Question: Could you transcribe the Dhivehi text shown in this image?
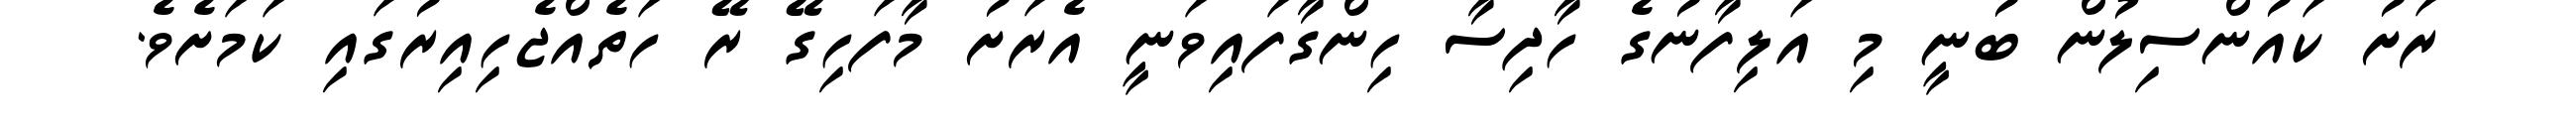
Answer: ރަށު ކައުންސިލުން ބުނީ މި އަލިފާނުގެ ހާދިސާ ހިންގާފައިވަނީ އެރަށު މާފަހިގޭ ރޭ ހަތެއްޖެހިއިރުގައި ކަމަށެވެ.